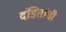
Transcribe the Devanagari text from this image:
दंडितांची